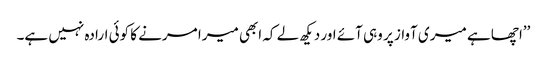
’’اچھا ہے میری آواز پر وہی آئے اور دیکھ لے کہ ابھی میرا مرنے کا کوئی ارادہ نہیں ہے۔